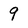
Character: 9